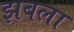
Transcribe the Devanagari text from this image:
झबला